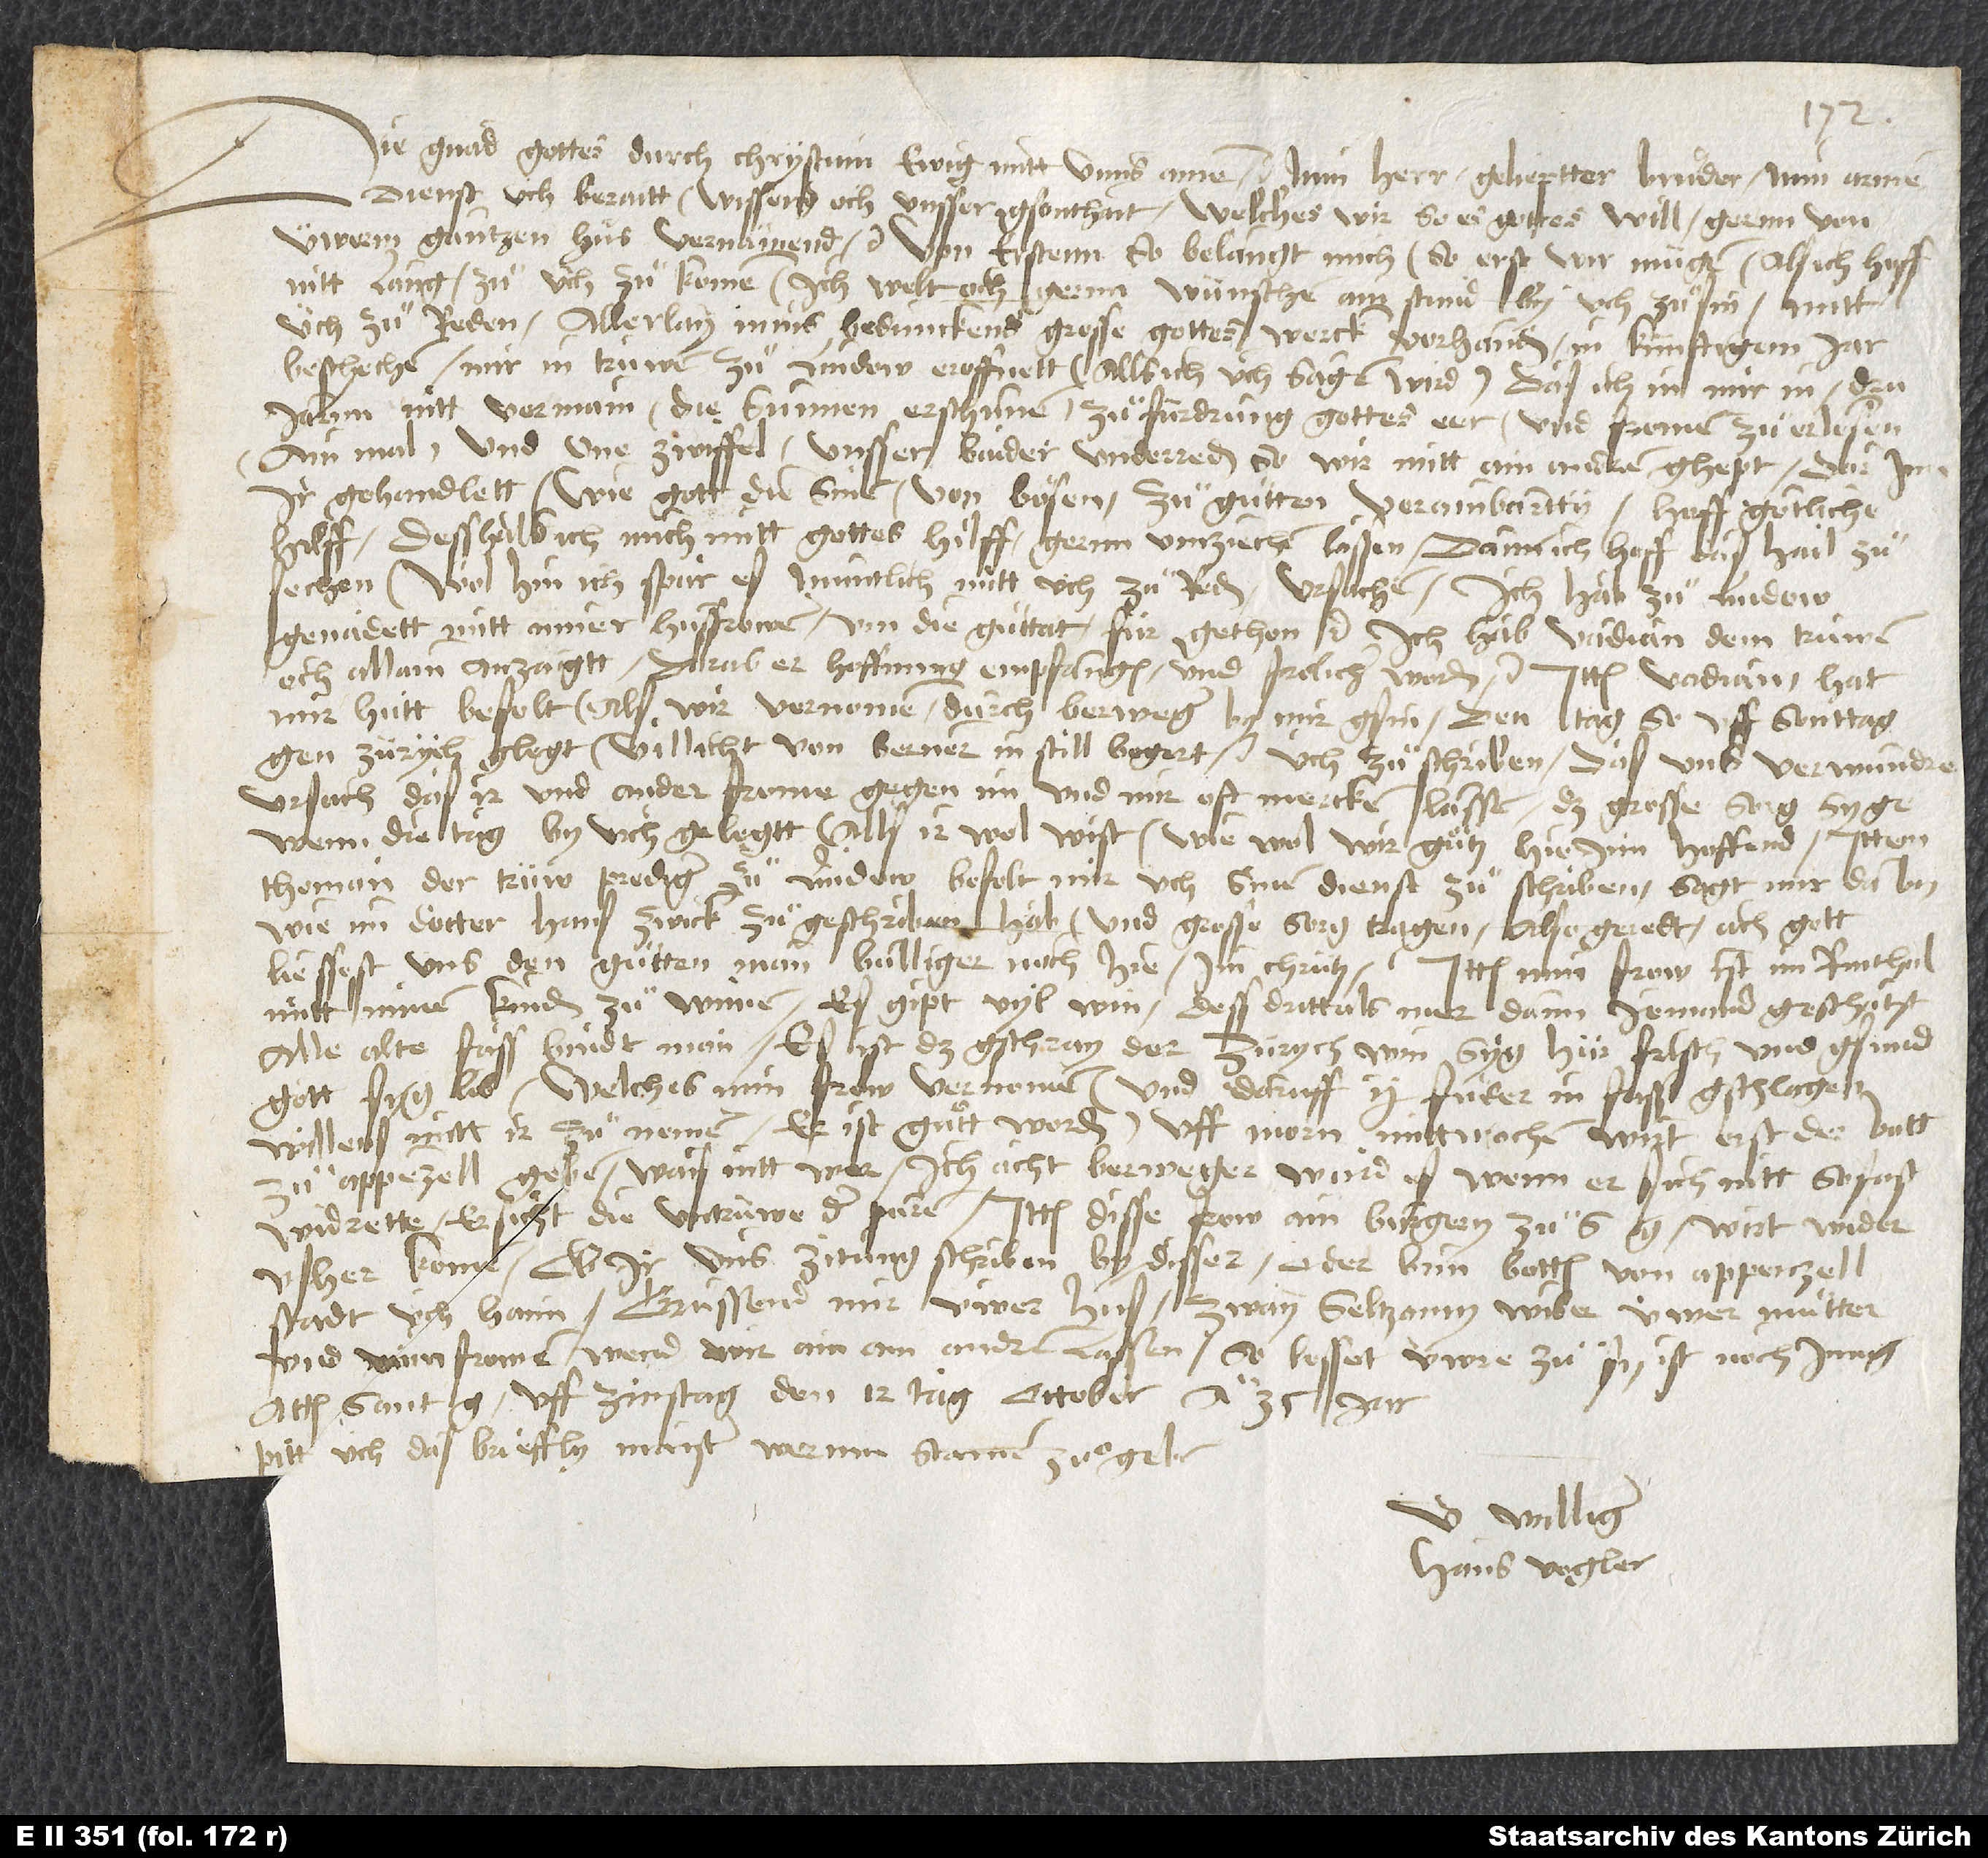
Die gnad gottes durch Chrystum ewig mitt unns. Amen. Min herr, gelieptter bruͦder, min armen
dienst üch beraitt. Wissend och unsser gsonthait, welches wir, so es gottes will, gernn von
üwerm gantzen hus vernämend etc. Von erstenn so belangt mich (so erst wir mügen, als ich hoff
nitt lang), zuͦ üch zuͦ komen. Ich welt och gernn wünschen, ain stund by üch zuͦ sin, mitt
üch zuͦ reden allerlay. Mins bedunckens grosse gottes werck vorhanden, in künftigem jar
beschechen, mir in trüwen zuͦ Lindow eroffnett (alls ich üch sagen wird); das ich in mir in dru
jarnn nitt vermain, die sunnen erschunen zuͦ fürdrung gottes eer und fromen zu erlösen
ain mal, und one zwiffel unsser baider underreden, so wir mitt ain andern ghept, darinn
ir gehandlett, wie gott die sinen von bösen zuͦ guͦtten verainbartty. Hoff götliche
hilf; desshalb ich mich mitt gottes hilff gernn umziechen lassen; dann ich hoff das hail zuͦ
sechen. Wol hin, ich spar es, muntlich mitt üch zuͦ reden, ursachen, ich hab zuͦ Lindow
genadett mit miner husfrowen um die guͦttat für gethon etc. Ich hab Vadian, dem trüwen,
och allain anzaigtt. Darab er hoffnung empfangen und frolicher worden etc. Ittem Vadian hat
mir hütt befolt, als wir vernomen durch Berweger, by mir gsin, den tag, so uff sonttag
gen Zürych glegt (villicht von Bernern in still begert) üch za schriben, das uns verwundre4
ursach, das jr und ander frome gegen im und mir oft mercken lassen, daß grosse sorg syge,
wenn die tag by üch gelegtt, alls ir wol wist (wie wol wir guͦtz hierinn hoffend). Ittem
Thoman, der trüw prediger zuͦ Lindow, befolt mir, uch sinen dienst zuͦ schriben. Sagt mir daby,
wie im docter Hans Zwick zuͦgeschriben hab und grosse sorg tragen, also geredt: "Ach gott,
liessest uns den guͦtten man Bulliger nach, hie im chrütz." Ittem min frow ist im Rinthal
mitt minen kinden zuͦ wimen. Es gipt vyl win, dess drittals mer dann jemand geschatzt.
Alle alte fass bindt man. Es ist das gschray, der Zürych win syg hür frisch und gsund,
gott syg lob, welches min frow vernomen und daruff 2 fuͦder in fass gschlagen,
willens, mitt ir zuͦ nemen. Er ist guͦtt worden. Uff morn, mittwochen, wirt erst der bott
zuͦ Appenzell geben; wais nitt wer. Ich acht, Berweger wurd es, wenn er sich nitt so fast
widrette. Er sicht die untrüwe der puren. Ittem disse frow, ain burgery zuͦ S. G, wirt wider
usher komen. Ob ir uns zitung schriben by disser oder bim botten von Appenzell,
stadt üch haim. Gruͤssend mir üwer hus, zway seltzamy wiber, üwer muͦtter
und üwer frowen, wend wir ain am andren lassen. So lossot üwre zuͦ, sy ist noch jung.
Actum Sant G, uff zinstag, den 12. tag october anno 35. jar.
Pitt üch, das brieffly Maister Werner Stainer zuͦ geben.
U williger
Hans Vogler.